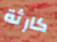
كارثة